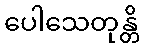
ပေါသေတုန္တိ